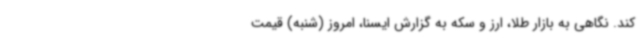
کند. نگاهی به بازار طلا، ارز و سکه به گزارش ایسنا، امروز (شنبه) قیمت